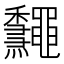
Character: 𪔁